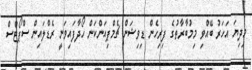
މިދިޔަ އަހަރު ބޭއްވި މިމުބާރާތުގެ ފިރިހެން ޑިވިޝަން ޗެމްޕިއަންކަން ހޯދާފައިވަނީ ރެޑްލައިން ސްޕޯޓްސް